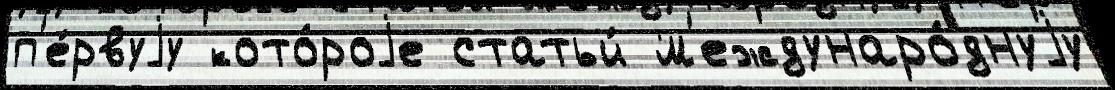
п'е́рвуjу кото́роjе статьи́ м'еждунаро́днуjу